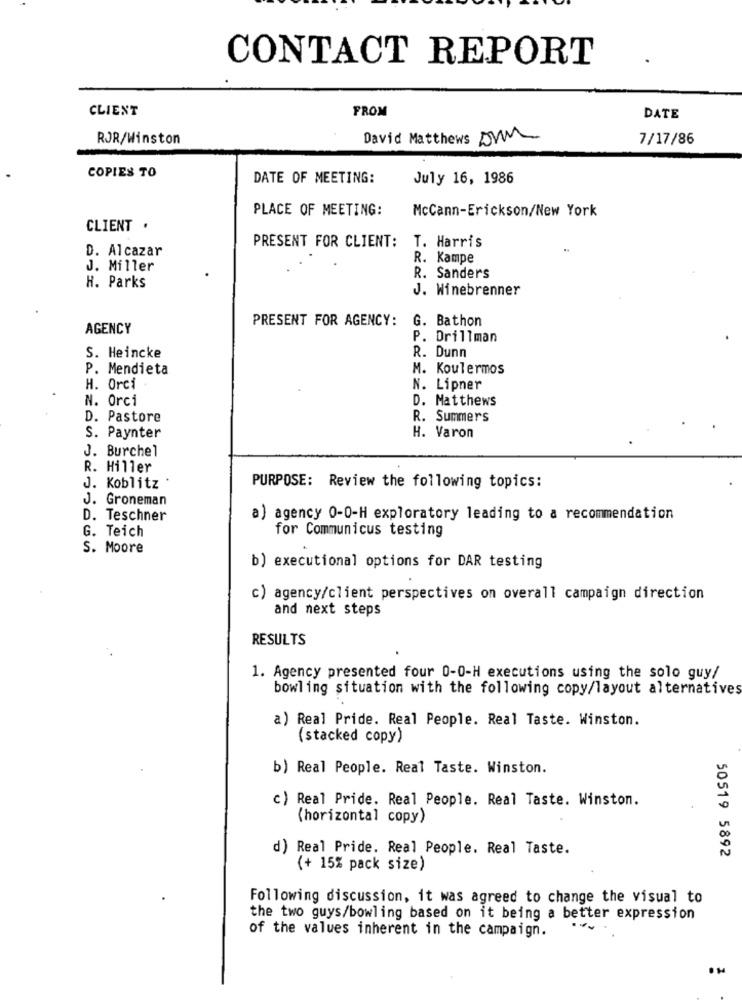
CONTACT REPORT
CLIENT
FROM
DATE
ROR/Winston
David Matthews On
7/17/86
COPIES TO
DATE OF MEETING:
July 16, 1986
PLACE OF MEETING:
McCann-Erickson/New York
CLIENT .
D. Alcazar
PRESENT FOR CLIENT: T. Harris
R. Kampe
J. Miller
R. Sanders
H. Parks
J. Winebrenner
PRESENT FOR AGENCY: G. Bathon
AGENCY
P. Drillman
S. Heincke
R. Dunn
P. Mendieta
M. Koulermos
H. Orci
N. Lipner
N. Orci
D. Matthews
D. Pastore
R. Summers
S. Paynter
H. Varon
J. Burchel
R. Hiller
J. Koblitz
PURPOSE: Review the following topics:
J. Groneman
D. Teschner
a) agency 0-0-H exploratory leading to a recommendation
G. Teich
for Communicus testing
S. Moore
b) executional options for DAR testing
c) agency/client perspectives on overall campaign direction
and next steps
RESULTS
1. Agency presented four 0-0-H executions using the solo guy/
bowling situation with the following copy/layout alternatives
a) Real Pride. Real People. Real Taste. Winston.
(stacked copy)
b) Real People. Real Taste. Winston.
c) Real Pride. Real People. Real Taste. Winston.
(horizontal copy)
d) Real Pride. Real People. Real Taste.
50519 5892
(+ 15% pack size)
Following discussion, it was agreed to change the visual to
the two guys/bowling based on it being a better expression
of the values inherent in the campaign.